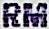
RM